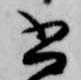
書